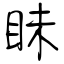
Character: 眛